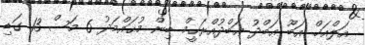
އަލްއަޚް އަބޫ ޢަބްދު ޢަބްދުއްރަޙީމް ބިން މުޙައްމަދު 6 މަސް 13 ގަޑި